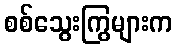
စစ်သွေးကြွများက